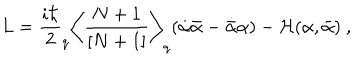
L = \frac { i \hbar } { 2 } _ { q } \biggl < \frac { N + 1 } { [ N + 1 ] } \biggr > _ { q } ( \dot { \alpha } \bar { \alpha } - \dot { \bar { \alpha } } \alpha ) - { \cal H } ( \alpha , \bar { \alpha } ) \ ,